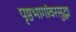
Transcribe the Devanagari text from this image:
पृष्ठभागांवरसुद्धा